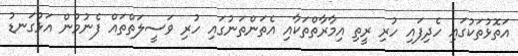
އަތޮޅުތަކުގައި ހެދިފައި ހުރި ރީތި އިމާރާތްތަކާއި އެތަންތަނުގައި ހުރި ވަސީލަތްތައް ފެނުމުން އަޅުގަނޑު